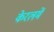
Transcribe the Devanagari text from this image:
केरलमें